Cholera in India, 1862 to 1881
Year: 1862
Disease focus: Cholera
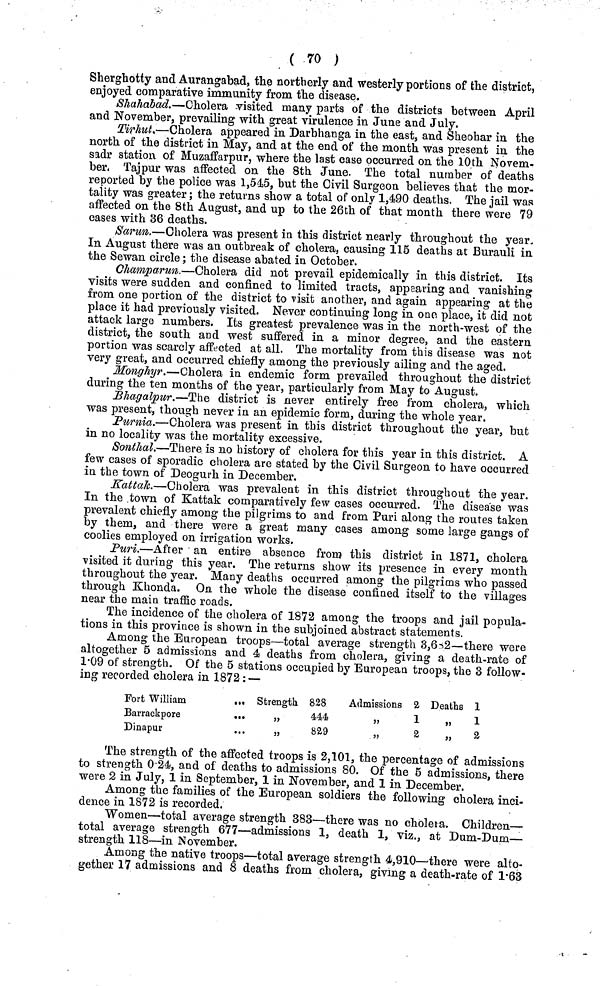
( 70 )
Sherghotty and Aurangabad, the northerly and westerly portions of the district,
enjoyed comparative immunity from the disease.
Shahabad.—Cholera visited many parts of the districts between April
and November, prevailing with great virulence in June and July.
Tirhut—Cholera appeared in Darbhanga in the east, and Sheohar in the
north of the district in May, and at the end of the month was present in the
sadr station of Muzaffarpur, where the last case occurred on the 10th Novem-
ber. Tajpur was affected on the 8th June. The total number of deaths
reported by the police was 1,545, but the Civil Surgeon believes that the mor-
tality was greater; the returns show a total of only 1,490 deaths. The jail was
affected on the 8th August, and up to the 26th of that month there were 79
cases with 36 deaths.
Sarun.—Cholera was present in this district nearly throughout the year-
In August there was an outbreak of cholera, causing 115 deaths at Burauli in
the Sewan circle; the disease abated in October.
Champarun.—Cholera did not prevail epidemically in this district. Its
visits were sudden and confined to limited tracts, appearing and vanishing
from one portion of the district to visit another, and again appearing at the
place it had previously visited. Never continuing long in one place, it did not
attack large numbers. Its greatest prevalence was in the north-west of the
district, the south and west suffered in a minor degree, and the eastern
portion was scarcly affected at all. The mortality from this disease was not
very great, and occurred chiefly among the previously ailing and the aged.
Monghyr.—Cholera in endemic form prevailed throughout the district
during the ten months of the year, particularly from May to August.
Bhagalpur.—The district is never entirely free from cholera, which
was present, though never in an epidemic form, during the whole year.
Purnia—Cholera was present in this district throughout the year, but
in no locality was the mortality excessive.
Sonthal.—There is no history of cholera for this year in this district. A
few cases of sporadic cholera are stated by the Civil Surgeon to have occurred
in the town of Deogurh in December.
Kattak.—Cholera was prevalent in this district throughout the year.
In the town of Kattak comparatively few cases occurred. The disease was
prevalent chiefly among the pilgrims to and from Puri along the routes taken
by them, and there were a great many cases among some large gangs of
coolies employed on irrigation works.
Puri.—After an entire absence from this district in 1871, cholera
visited it during this year. The returns show its presence in every month
throughout the year. Many deaths occurred among the pilgrims who passed
through Khonda. On the whole the disease confined itself to the villages
near the main traffic roads.
The incidence of the cholera of 1872 among the troops and jail popula-
tions in this province is shown in the subjoined abstract statements.
Among the European troops—total average strength 3,6/ill/2—there were
altogether 5 admissions and 4 deaths from cholera, giving a death-rate of
1·09 of strength. Of the 5 stations occupied by European troops, the 3 follow-
ing recorded cholera in 1872 : —
Fort William
...
Barrackpore
...
Dinapur
...
Strength 828
444
829
Admissions 2
1
2
Deaths 1
,,
1
,,
2
The strength of the affected troops is 2,101, the percentage of admissions
to strength 0·24, and of deaths to admissions 80. Of the 5 admissions, there
were 2 in July, 1 in September, 1 in November, and 1 in December.
Among the families of the European soldiers the following cholera inci-
dence in 1872 is recorded.
Women—total average strength 383—there was no cholera. Children—
total average strength 677—admissions 1, death 1, viz., at Dum-Dum—
strength 118—in November.
Among the native troops—total average strength 4,910—there were alto-
gether 17 admissions and 8 deaths from cholera, giving a death-rate of 1·63